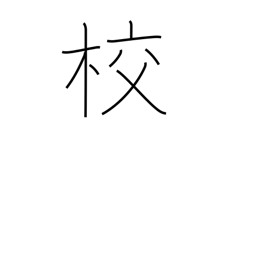
Meaning: printing